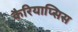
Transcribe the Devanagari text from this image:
कैरियाप्सिस